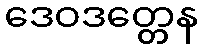
ဒေဝဒတ္တေန